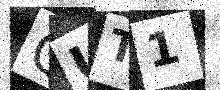
Text: QUT1